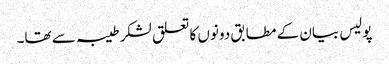
پولیس بیان کے مطابق دونوں کا تعلق لشکر طیبہ سے تھا۔